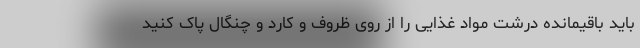
باید باقیمانده درشت مواد غذایی را از روی ظروف و کارد و چنگال پاک کنید